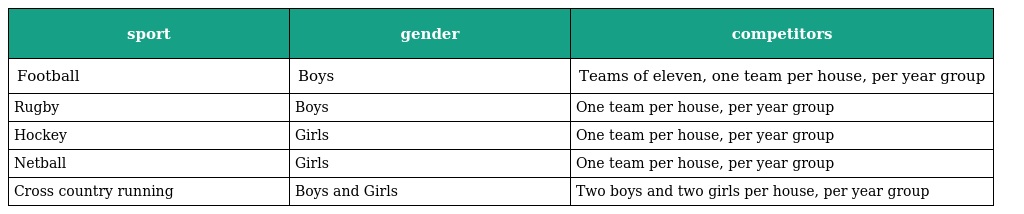
| sport | gender | competitors |
 | --- | --- | --- |
 | Football | Boys | Teams of eleven, one team per house, per year group |
 | Rugby | Boys | One team per house, per year group |
 | Hockey | Girls | One team per house, per year group |
 | Netball | Girls | One team per house, per year group |
 | Cross country running | Boys and Girls | Two boys and two girls per house, per year group |